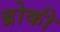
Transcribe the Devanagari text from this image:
ब्रोकी